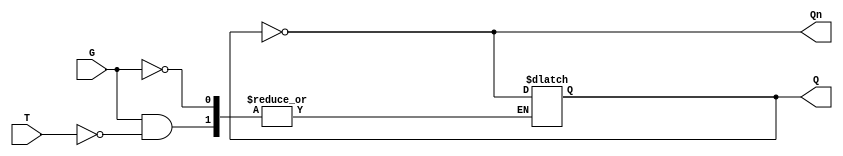
module gated_t_latch (
    input wire T,    // Toggle input
    input wire G,    // Gate signal
    output reg Q,    // Output Q
    output wire Qn   // Complement of Q
);

    assign Qn = ~Q; // Complement of Q

    always @(*) begin
        if (G) begin
            if (T) begin
                Q <= ~Q; // Toggle the state of Q
            end
            // If T is 0, Q remains unchanged due to the nature of the latch
        end
        // If G is 0, Q remains unchanged due to the nature of the latch
    end

endmodule